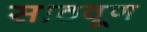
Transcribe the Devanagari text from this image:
साठवूण